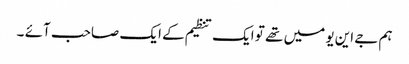
ہم جے این یو میں تھے تو ایک تنظیم کے ایک صاحب آئے ۔